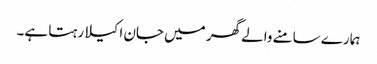
ہمارے سامنے والے گھر میں جان اکیلا رہتا ہے۔